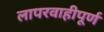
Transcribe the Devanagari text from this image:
लापरवाहीपूर्ण